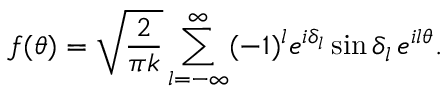
f ( \theta ) = \sqrt { \frac { 2 } { \pi k } } \sum _ { l = - \infty } ^ { \infty } ( - 1 ) ^ { l } e ^ { i \delta _ { l } } \sin \delta _ { l } \, e ^ { i l \theta } .